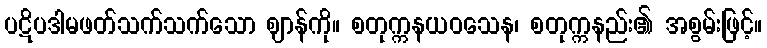
ပဋိပဒါမဖတ်သက်သက်သော ဈာန်ကို။ စတုက္ကနယဝသေန၊ စတုက္ကနည်း၏ အစွမ်းဖြင့်။